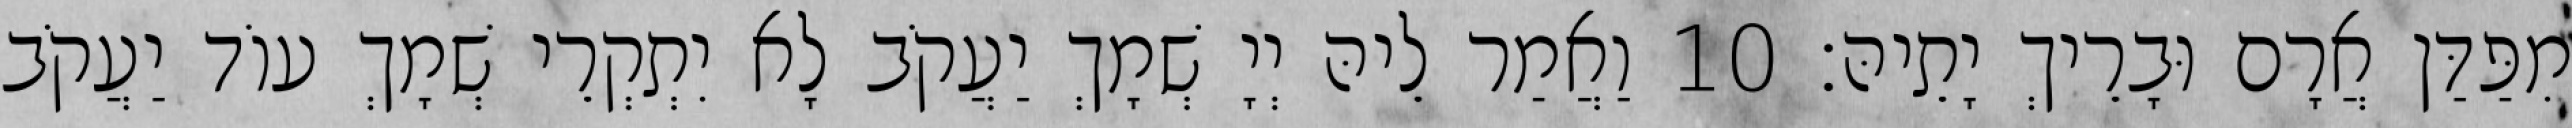
מִפַּדַּן אֲרָם וּבָרֵיךְ יָתֵיהּ׃ 10 וַאֲמַר לֵיהּ יְיָ שְׁמָךְ יַעֲקֹב לָא יִתְקְרֵי שְׁמָךְ עוֹד יַעֲקֹב